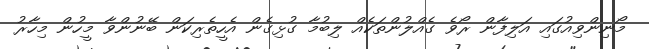
މޯނިންވިއުގައި އަލިފާން ރޯވެ ގެއްލުންތަކެއް ލިބުމާ ގުޅިގެން އެހީތެރިކަން ބޭނުންވާ މީހުން މިހާރު